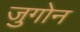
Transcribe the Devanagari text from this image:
जुगोन